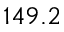
1 4 9 . 2